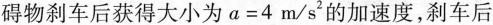
碍物刹车后获得大小为$$a = 4$$ m/s^{2}的加速度，刹车后